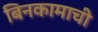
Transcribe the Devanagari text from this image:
बिनकामाची